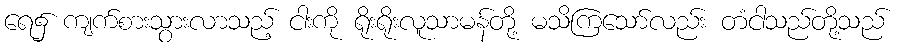
ရေ၌ ကျက်စားသွားလာသည့် ငါးကို ရိုးရိုးလူသာမန်တို့ မသိကြသော်လည်း တံငါသည်တို့သည်